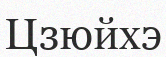
Цзюйхэ